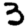
Digit: 3